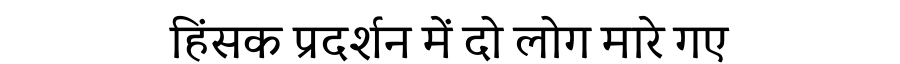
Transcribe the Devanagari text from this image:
हिंसक प्रदर्शन में दो लोग मारे गए